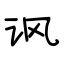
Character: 讽